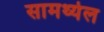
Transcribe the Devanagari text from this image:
सामर्थ्यल